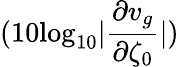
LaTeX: (10\mathrm{log}_{10}|\frac{\partial v_{g}}{\partial\zeta_{0}}|)